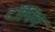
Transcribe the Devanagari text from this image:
टाँपिंग